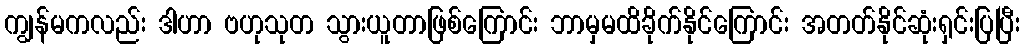
ကျွန်မကလည်း ဒါဟာ ဗဟုသုတ သွားယူတာဖြစ်ကြောင်း ဘာမှမထိခိုက်နိုင်ကြောင်း အတတ်နိုင်ဆုံးရှင်းပြပြီး